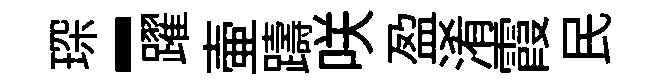
琛-躍壷躊咲盈淆霞民